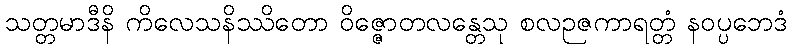
သတ္တမာဒီနိ ကိလေသနိဿိတော ဝိဇ္ဇောတလန္တေသု စလဉဇကာရတ္တံ နဝပ္ပဘေဒံ